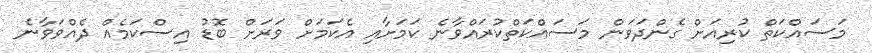
މަސައްކަތް ކުރިއަށް ގެންދަވަން މަސައްކަތްކުރައްވާނެ ކަމަށާއި އެކަމަށް ވަރަށް ބޮޑު އިސްކަމެއް ދެއްވަވާނެ